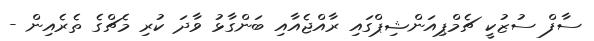
ސާފް ސުޒުކީ ޗެމްޕިއަންޝިޕްގައި ރާއްޖެއާއި ބަންގާޅު ވާދަ ކުރި މެޗްގެ ތެރެއިން -